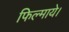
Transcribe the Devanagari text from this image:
फिल्माये।